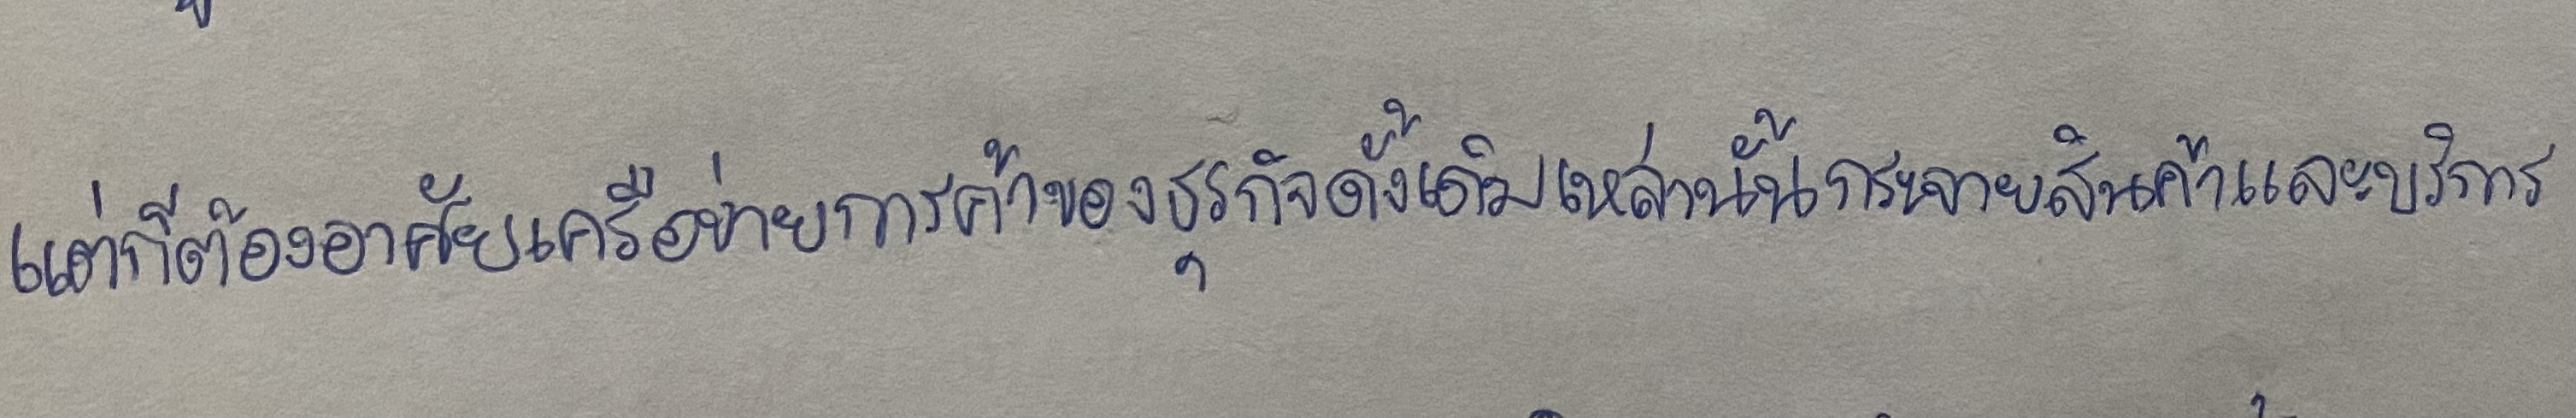
แต่ก็ต้องอาศัยเครือข่ายการค้าของธุรกิจดั้งเดิมเหล่านั้นกระจายสินค้าและบริการ